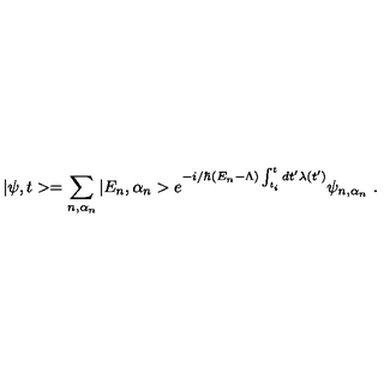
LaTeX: | \psi , t > = \sum _ { n , \alpha _ { n } } | E _ { n } , \alpha _ { n } > e ^ { - i / \hbar ( E _ { n } - \Lambda ) \int _ { t _ { i } } ^ { t } d t ^ { \prime } \lambda ( t ^ { \prime } ) } \psi _ { n , \alpha _ { n } } \ .